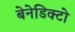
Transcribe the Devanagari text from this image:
बेनेडिक्टो